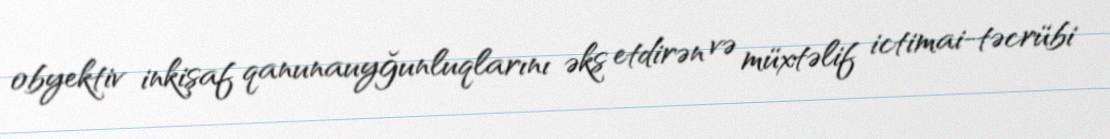
obyektiv inkişaf qanunauyğunluqlarını əks etdirən və müxtəlif ictimai-təcrübi